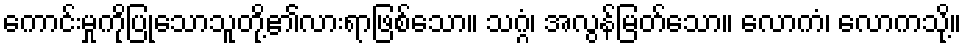
ကောင်းမှုကိုပြုသောသူတို့၏လားရာဖြစ်သော။ သဂ္ဂံ၊ အလွန်မြတ်သော။ လောကံ၊ လောကသို့။